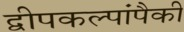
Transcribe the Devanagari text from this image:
द्वीपकल्पांपैकी